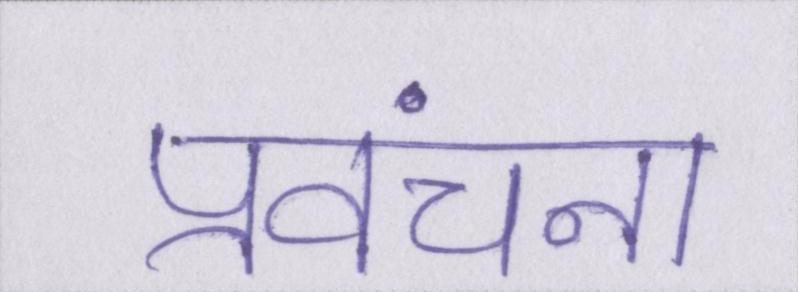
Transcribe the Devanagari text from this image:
प्रवंचना